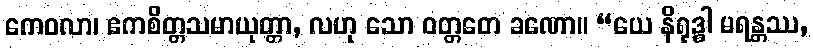
ကေဝလာ၊ ဧကစိတ္တသမာယုတ္တာ, လဟု သော ဝတ္တတေ ခဏော။ “ယေ နိရုဒ္ဓါ မရန္တဿ,